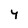
Character: Y